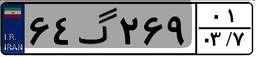
۷۲گ۹۳۷۰۰